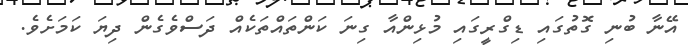
އޭނާ ބުނި ގޮތުގައި ޑިގްރީގައި މުޅިންއާ ގިނަ ކަންތައްތަކެއް ދަސްވެގެން ދިޔަ ކަމަށެވެ.